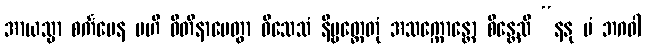
အာယသ္မာ စင်္ကမေန ဗဟိ ဝီတိနာမေတွာ ဝိသေသံ နိဗ္ဗတ္တေတုံ အသက္ကောန္တော စိန္တေသိ “နနု မံ ဘဂဝါ